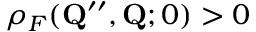
\rho _ { F } ( \mathbf { Q } ^ { \prime \prime } , \mathbf { Q } ; 0 ) > 0